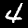
Label: 4